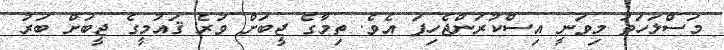
މަސްލަހަތު މިވަނީ އިސްކުރަންޖެހިފަ އެވެ. ތިމާގެ ޖީބަށް ވުރެ ޤައުމީގެ ޖީބަށް ބަރު